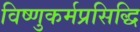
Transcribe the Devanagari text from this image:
विष्णुकर्मप्रसिद्धि